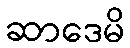
ဆာဒေမိ